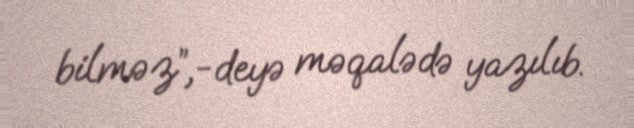
bilməz”,-deyə məqalədə yazılıb.